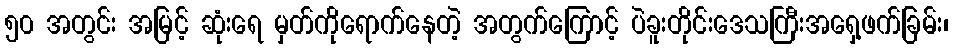
၅၀ အတွင်း အမြင့် ဆုံးရေ မှတ်ကိုရောက်နေတဲ့ အတွက်ကြောင့် ပဲခူးတိုင်းဒေသကြီးအရှေ့ဖက်ခြမ်း၊